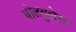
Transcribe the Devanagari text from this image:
बोलवुलेस